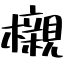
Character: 櫬